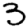
Digit: 3